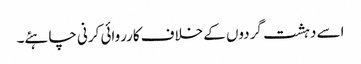
اسے دہشت گردوں کے خلاف کارروائی کرنی چاہئے۔